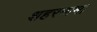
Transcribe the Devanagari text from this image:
शहरनामा